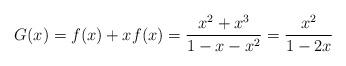
LaTeX: \begin{align*}G(x) = f(x) + x f(x) = \frac{x^2+ x^3}{1-x-x^2} = \frac{x^2}{1-2x}\end{align*}